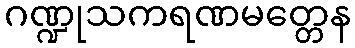
ဂဏ္ဍုသကရဏမတ္တေန